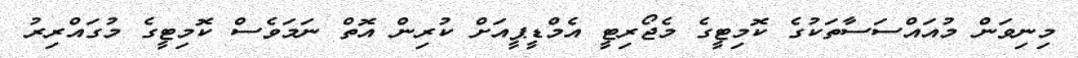
މިނިވަން މުއައްސަސާތަކުގެ ކޮމިޓީގެ މެޖޯރިޓީ އެމްޑީޕީއަށް ކުރިން އޮތް ނަމަވެސް ކޮމިޓީގެ މުގައްރިރު